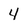
Character: 4